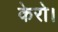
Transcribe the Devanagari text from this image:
केरो।